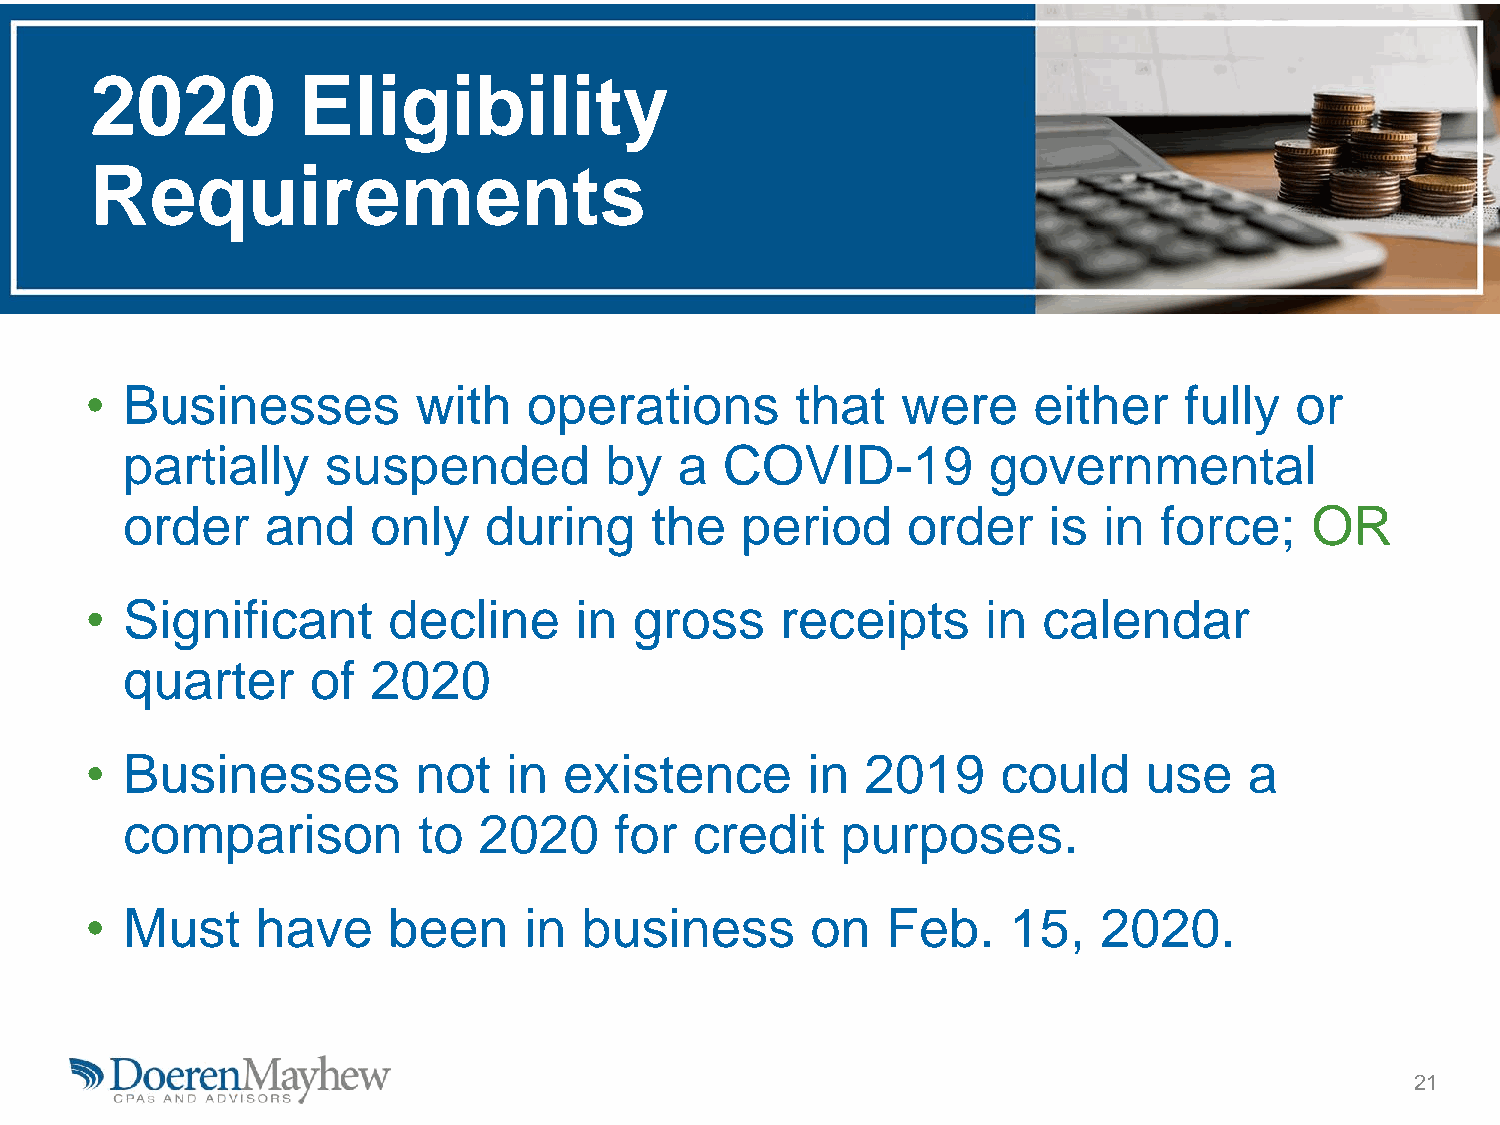
2020          Eligibility
 Requirements
 • Businesses          with   operations        that   were    either    fully   or
 partially     suspended         by   a  COVID-19         governmental
 order     and    only   during     the   period     order    is  in  force;    OR
 • Significant       decline     in  gross     receipts     in  calendar
 quarter      of  2020
 • Businesses          not  in  existence       in  2019     could     use    a
 comparison          to  2020     for  credit    purposes.
 • Must     have     been     in business        on   Feb.    15,   2020.
 21